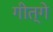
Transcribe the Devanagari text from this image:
गीत्गे